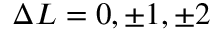
\Delta L = 0 , \pm 1 , \pm 2